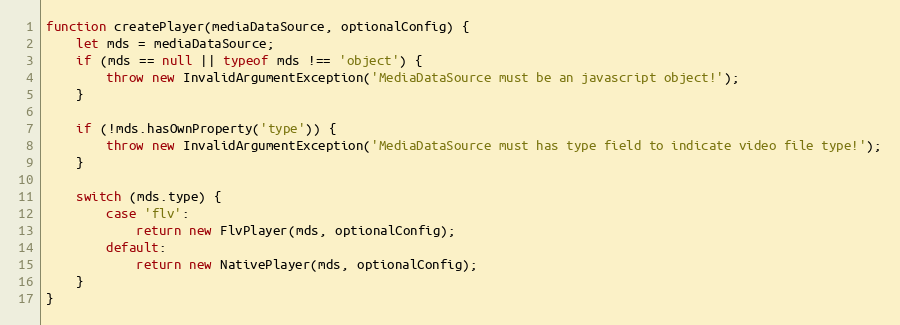
Language: JavaScript
function createPlayer(mediaDataSource, optionalConfig) {
    let mds = mediaDataSource;
    if (mds == null || typeof mds !== 'object') {
        throw new InvalidArgumentException('MediaDataSource must be an javascript object!');
    }

    if (!mds.hasOwnProperty('type')) {
        throw new InvalidArgumentException('MediaDataSource must has type field to indicate video file type!');
    }

    switch (mds.type) {
        case 'flv':
            return new FlvPlayer(mds, optionalConfig);
        default:
            return new NativePlayer(mds, optionalConfig);
    }
}